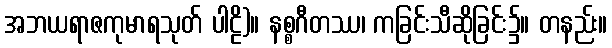
အဘယရာဇကုမာရသုတ် ပါဠိ)။ နစ္စဂီတဿ၊ ကခြင်းသီဆိုခြင်း၌။ တနည်း။